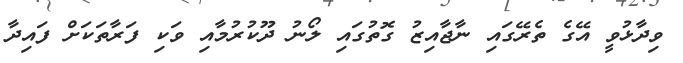
ވިދާޅުވީ އޭގެ ތެރޭގައި ނާޖާއިޒު ގޮތުގައި ލޯނު ދޫކުރުމާއި ވަކި ފަރާތަކަށް ފައިދާ